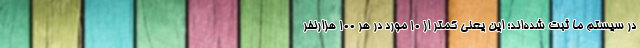
در سیستم ما ثبت شده‌اند؛ این یعنی کمتر از ۱۰ مورد در هر ۱۰۰ هزارنفر